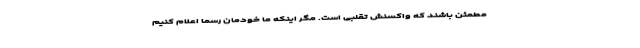
مطمئن باشند که واکسنش تقلبی است. مگر اینکه ما خودمان رسما اعلام کنیم